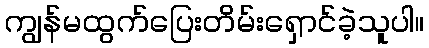
ကျွန်မထွက်ပြေးတိမ်းရှောင်ခဲ့သူပါ။